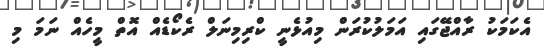
އެކަމަކު ރާއްޖޭގައި އަމަލުކުރަން މިއުޅެނީ ކްރިމިނަލް ރެކޯޑެއް އޮތް މީހެއް ނަމަ މި